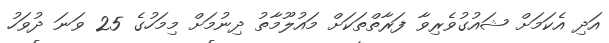
އަދި އެކަމަށް ޝައުގުވެރިވާ ފަރާތްތަކަށް މައުލޫމާތު ދިނުމަށް މިމަހުގެ 25 ވަނަ ދުވަހު